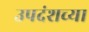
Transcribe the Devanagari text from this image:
उपदंशच्या